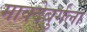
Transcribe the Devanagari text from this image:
माक्देबुर्गला